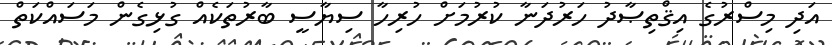
އަދި މިސްރުގެ އިޤްތިޞާދު ހަރުދަނާ ކުރުމަށް ހުރިހާ ސިޔާސީ ބާރުތަކެއް ގުޅިގެން މަސައްކަތް